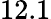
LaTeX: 12.1